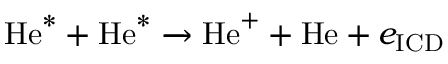
\mathrm { H e } ^ { * } + \mathrm { H e } ^ { * } \xrightarrow { } \mathrm { H e } ^ { + } + \mathrm { H e } + e _ { \mathrm { I C D } }